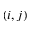
( i , j )